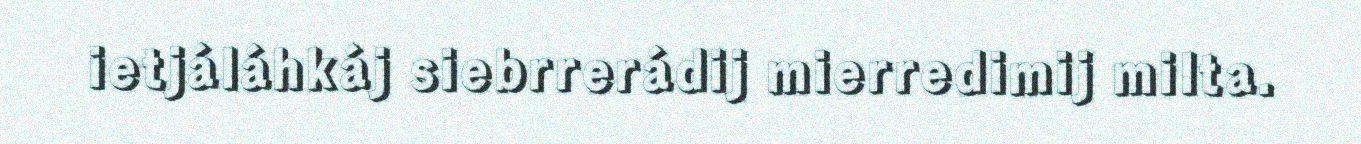
ietjáláhkáj siebrrerádij mierredimij milta.